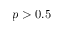
p > 0 . 5